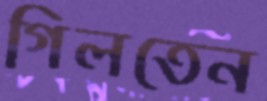
গিলতেন